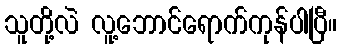
သူတို့လဲ လူ့ဘောင်ရောက်ကုန်ပါပြီ။